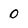
Character: 0